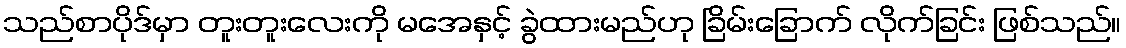
သည်စာပိုဒ်မှာ တူးတူးလေးကို မအေနှင့် ခွဲထားမည်ဟု ခြိမ်းခြောက် လိုက်ခြင်း ဖြစ်သည်။